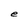
Character: e